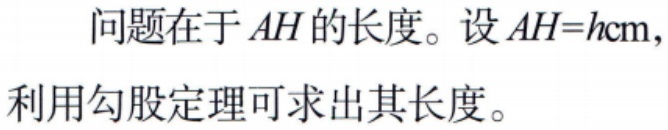
问题在于 \(AH\) 的长度。设 \(AH = h\text{cm}\)，利用勾股定理可求出其长度。